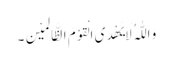
وَ اللّٰہُ لَایَھْدِی الْقَوْمَ الظَّالِمِیْنَ۔